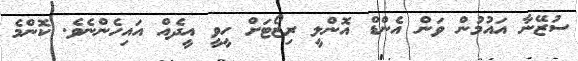
ސުޒޭނާ އައުމުން ވަން އެންޑް އޮންލީ ރިޒޯޓަށް ހީވީ އީދެއް އައިހެންނެވެ. ކޮންމެ